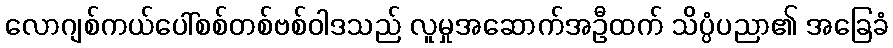
လောဂျစ်ကယ်ပေါ်စစ်တစ်ဗစ်ဝါဒသည် လူမှုအဆောက်အဦထက် သိပ္ပံပညာ၏ အခြေခံ